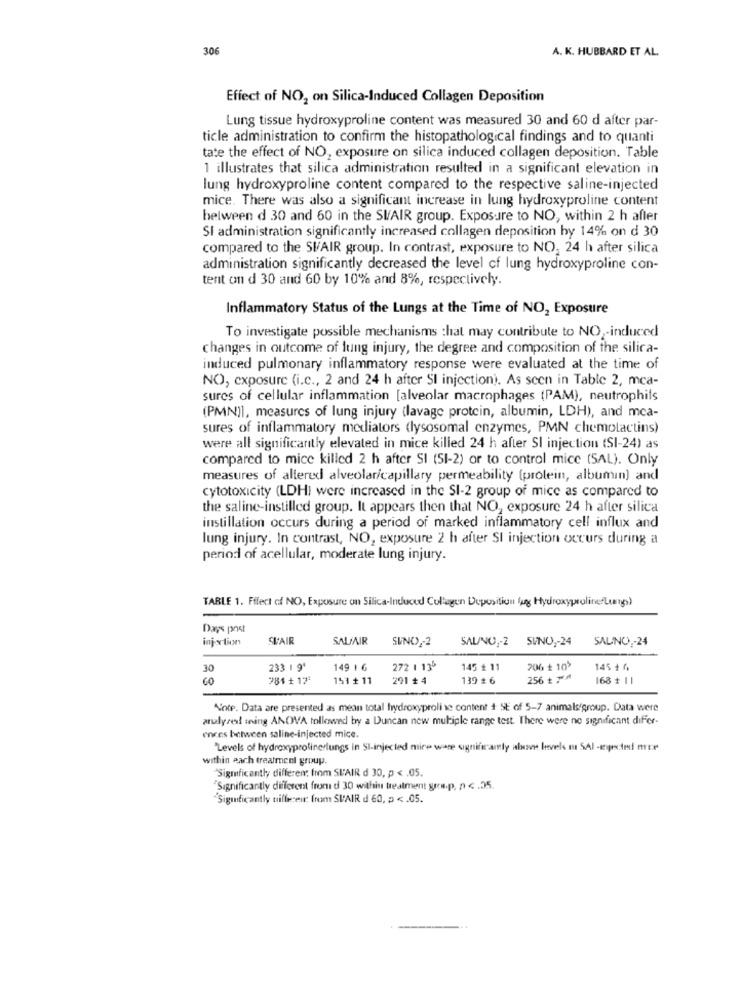
306
A. K. HUBBARD ET AL.
Effect of NO2 on Silica-Induced Collagen Deposition
Lung tissue hydroxyproline content was measured 30 and 60 d after par-
ticle administration to confirm the histopathological findings and to quanti
tate the effect of NO2 exposure on silica induced collagen deposition. Table
1 illustrates that silica administration resulted in a significant elevation in
lung hydroxyproline content compared to the respective saline-injected
mice. There was also a significant increase in lung hydroxyproline content
between d 30 and 60 in the SIAIR group. Exposure to NO, within 2 h after
Si administration significantly increased collagen deposition by 14% on d 30
compared to the SIAIR group. In contrast, exposure to NO, 24 h after silica
administration significantly decreased the level of lung hydroxyproline con-
tent on d 30 and 60 by 10% and 8%, respectively.
Inflammatory Status of the Lungs at the Time of NO, Exposure
To investigate possible mechanisms that may contribute to NO ,- induced
changes in outcome of lung injury, the degree and composition of the silica-
induced pulmonary inflammatory response were evaluated at the time of
NO, exposure (i.c ., 2 and 24 h after SI injection). As seen in Table 2, mca-
sures of cellular inflammation [alveolar macrophages (PAM), neutrophils
(PMN)], measures of lung injury (lavage protein, albumin, LDH), and mca-
sures of inflammatory mediators (lysosomal enzymes, PMN chemolactins)
were all significantly elevated in mice killed 24 h after SI injection (SI-24) as
compared to mice killed 2 h after SI (51-2) or to control mice (SAL). Only
measures of altered alveolar/capillary permeability (protein, albumin) and
cytotoxicity (LDH) were increased in the SI-2 group of mice as compared to
the saline-instilled group. It appears then that NO, exposure 24 h after silica
instillation occurs during a period of marked inflammatory cell influx and
lung injury. In contrast, NO, exposure 2 h after SI injection occurs during a
period of acellular, moderate lung injury.
TABLE 1. Filect of NO, Exposure on Silica-Induced Collagen Depositiun fang Hydroxyprolineflungs)
Days post
injection
SUAIR
SALFAIR
SUNO ,- 2
SALNO ,- 2 SUNO ,- 24
SALNO ,- 24
30
233 1 9'
149 1 6
272 1 135
145 ₺ 11
706 ₺ 105
145 + 0)
981 + 17:
151 + 11
291 + 4
139 # 6
256 ₺ 70⑈
163 # 11
Note. Data are presented as mean total hydroxyproli se content + SE of 5-7 animals/group. Data were
arulyset mning ANOVA followed by a Duncan new multiple range test. There were no significant differ-
ences between saline-injected mice.
'Levels of hydroxyprolinerlungs in Sl-injected mice ware significantly alove levels m SAI -tested me
within each treatment group.
"Significantly different from SU'AIR d 30, p < . 05.
"Significantly different from d 30 within treatment groep, p <. 05.
"Significantly uiflerew: from SUAIR d 60, p < . 05.